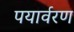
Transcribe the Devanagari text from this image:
पयार्वरण